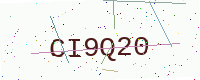
Text: CI9Q20